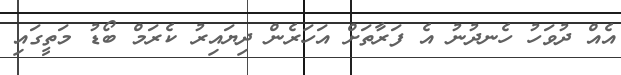
އެއް ދުވަހު ހެނދުނު އެ ފަރާތަށް އަހަރެން ދިޔައިރު ކެރަމް ބޯޑު މަތީގައި